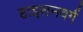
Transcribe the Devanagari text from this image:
हाइसनवर्ग